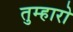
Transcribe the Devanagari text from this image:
तुम्‍हारो